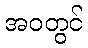
အဝတွင်